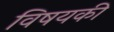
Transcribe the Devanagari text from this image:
विषयकी